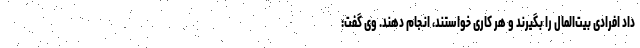
داد افرادی بیت‌المال را بگیرند و هر کاری خواستند، انجام دهند. وی گفت: